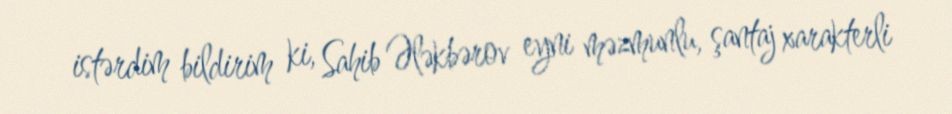
istərdim bildirim ki, Sahib Ələkbərov eyni məzmunlu, şantaj xarakterli